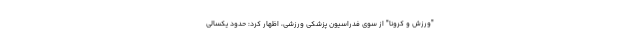
"ورزش و کرونا" از سوی فدراسیون پزشکی ورزشی، اظهار کرد: حدود یکسالی